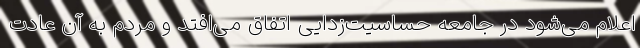
اعلام می‌شود در جامعه حساسیت‌زدایی اتفاق می‌افتد و مردم به آن عادت